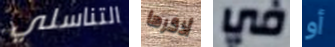
التناسلي أذكرها في أو